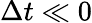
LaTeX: \Delta t\ll 0